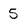
Character: 5